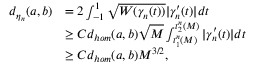
\begin{array} { r l } { d _ { \eta _ { n } } ( a , b ) } & { = 2 \int _ { - 1 } ^ { 1 } \sqrt { W ( \gamma _ { n } ( t ) ) } | \gamma _ { n } ^ { \prime } ( t ) | d t } \\ & { \geq C d _ { h o m } ( a , b ) \sqrt { M } \int _ { t _ { 1 } ^ { n } ( M ) } ^ { t _ { 2 } ^ { n } ( M ) } | \gamma _ { n } ^ { \prime } ( t ) | d t } \\ & { \geq C d _ { h o m } ( a , b ) M ^ { 3 / 2 } , } \end{array}